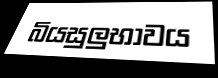
බියසුලුභාවය